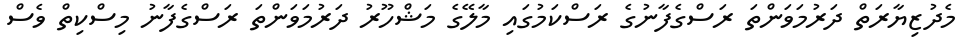
މެދުޒިޔާރަތް ދަރުމަވަންތަ ރަސްގެފާނުގެ ރަސްކަމުގައި މާލޭގެ މަޝްހޫރު ދަރުމަވަންތަ ރަސްގެފާނު މިސްކިތް ވެސް